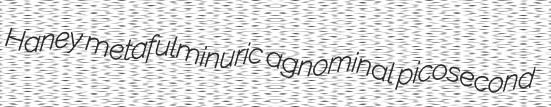
Haney metafulminuric agnominal picosecond